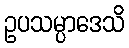
ဥပသမ္ပာဒေသိ